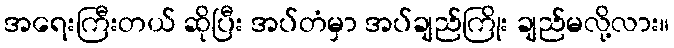
အရေးကြီးတယ် ဆိုပြီး အပ်တံမှာ အပ်ချည်ကြိုး ချည်မလို့လား။